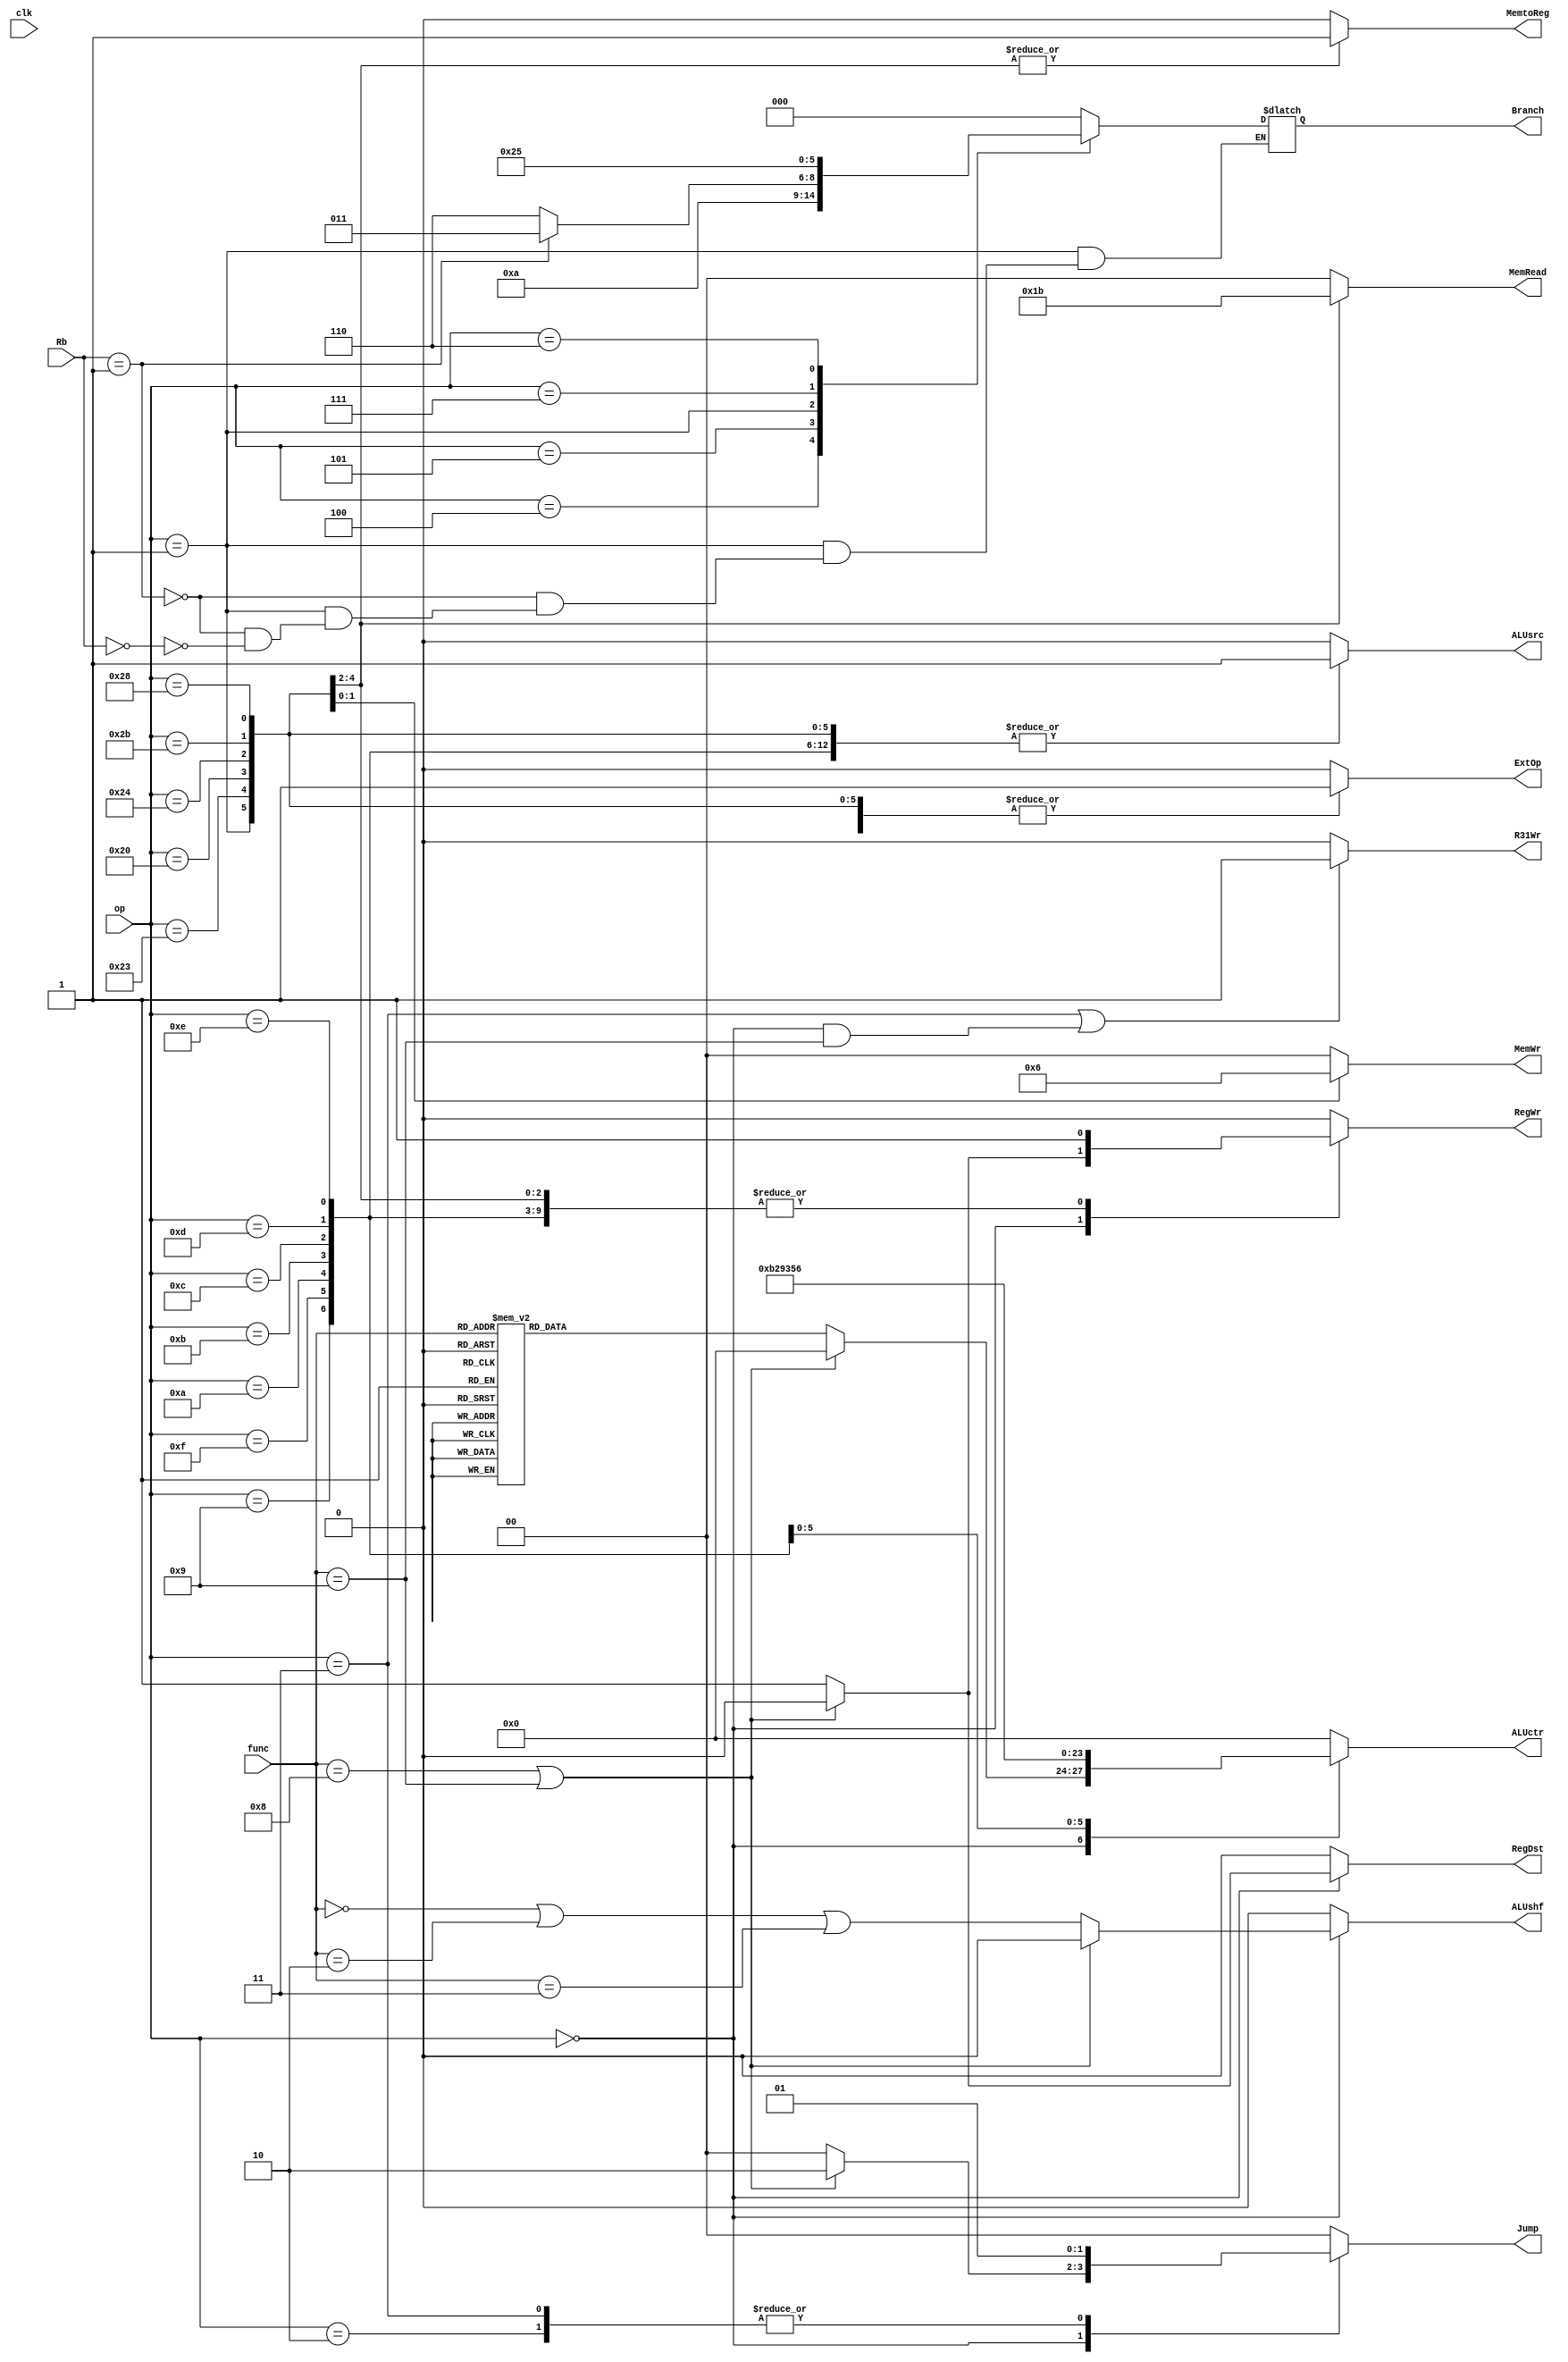

module ctrl(clk, op, func, 
			ALUctr, Branch, Jump, RegDst, ALUsrc, MemtoReg, RegWr, 
			MemWr, ExtOp, MemRead, ALUshf, R31Wr, Rb);//Rb for bltz and bgez

	input clk;
	input[5:0] op, func;
	input[4:0] Rb;

	output reg[3:0] ALUctr;
	output reg[2:0] Branch;
	output reg[1:0] Jump, MemWr, MemRead;
	output reg RegDst, ALUsrc, MemtoReg, RegWr, ExtOp, ALUshf, R31Wr; 
	//R31Wr is sign about REGS[31] can be write or not

    initial 
		{ALUctr, Branch, Jump, RegDst, ALUsrc, MemtoReg, RegWr, MemWr, ExtOp, MemRead, ALUshf}
		<= 19'b0;

	always @(*)begin
		if (op == 6'b000011 || (op == 6'b000000 && func == 6'b001001)) 
			R31Wr = 1;//000011jal,0010001jalr
		else R31Wr = 0;
		case (op)
			6'b000000:begin//jr and jalr
				if (func == 6'b001000 || func == 6'b001001)
					{ALUctr, Branch, RegDst, ALUsrc, MemtoReg, RegWr, MemWr, ExtOp, MemRead, ALUshf, Jump}
					<= 19'b10;
				else //another R-type
				begin
					{Branch, Jump, ALUsrc, MemtoReg, MemWr, ExtOp, MemRead, RegDst, RegWr}
					<= 14'b11;
					ALUshf = (func == 6'b000000) || (func == 6'b000010) || (func == 6'b000011);
					case (func)
						6'b100001:ALUctr = 4'b0000;	//addu
						6'b100011:ALUctr = 4'b0001;	//subu
						6'b101010:ALUctr = 4'b0010;	//slt
						6'b100100:ALUctr = 4'b0011;	//and
						6'b100111:ALUctr = 4'b0100;	//nor
						6'b100101:ALUctr = 4'b0101;	//or
						6'b100110:ALUctr = 4'b0110;	//xor
						6'b101011:ALUctr = 4'b1001;	//sltu
						6'b000100:ALUctr = 4'b0111;	//sllv
						6'b000111:ALUctr = 4'b1010;	//srav
						6'b000110:ALUctr = 4'b1000;	//srlv
						6'b000000:ALUctr = 4'b0111;	//sll
						6'b000010:ALUctr = 4'b1000;	//srl
						6'b000011:ALUctr = 4'b1010;	//sra
						6'b001000:ALUctr = 4'b0000;	//jr
						6'b001001:ALUctr = 4'b0000;	//jalr
						default:ALUctr = 4'b0000;	//default
					endcase 
				end//end another R-type
			end//end R-type
			6'b001001:begin//addiu
				{Branch, Jump, RegDst, MemtoReg, MemWr, MemRead, ALUshf, ALUsrc, ExtOp, RegWr}
				<= 15'b111;
				ALUctr = 4'b0000;
			end
			6'b001111:begin//lui
				{Branch, Jump, RegDst, MemtoReg, MemWr, MemRead, ALUshf, ExtOp, ALUsrc, RegWr}
				<= 15'b11;
				ALUctr = 4'b1011;
			end 
			6'b001010:begin//slti
				{Branch, Jump, RegDst, MemtoReg, MemWr, MemRead, ALUshf, ALUsrc, RegWr, ExtOp}
				<= 15'b111;
				ALUctr = 4'b0010;
			end
			6'b001011:begin//sltiu
				{Branch, Jump, RegDst, MemtoReg, MemWr, MemRead, ALUshf, ALUsrc, RegWr, ExtOp}
				<= 15'b111;
				ALUctr = 4'b1001;
			end
			6'b001100:begin//andi
				{Branch, Jump, RegDst, MemtoReg, MemWr, MemRead, ALUshf, ExtOp, ALUsrc, RegWr}
				<= 15'b11;
				ALUctr = 4'b0011;
			end
			6'b001101:begin//ori
				{Branch, Jump, RegDst, MemtoReg, MemWr, MemRead, ALUshf, ExtOp, ALUsrc, RegWr}
				<= 15'b11;
				ALUctr = 4'b0101;
			end
			6'b001110:begin//xori
				{Branch, Jump, RegDst, MemtoReg, MemWr, MemRead, ALUshf, ExtOp, ALUsrc, RegWr}
				<= 15'b11;
				ALUctr = 4'b0110;
			end
			6'b000100:begin//beq
				{Jump, RegDst, MemtoReg, MemWr, MemRead, ALUshf, ALUsrc, RegWr, Branch, ExtOp}
				<= 15'b11;
				ALUctr = 4'b0000;
			end
			6'b000101:begin//bne
				{Jump, RegDst, MemtoReg, MemWr, MemRead, ALUshf, ALUsrc, RegWr, Branch, ExtOp}
				<= 15'b101;
				ALUctr = 4'b0000;
			end
			6'b000001:begin//bltz==bgez=6'b000001
				if (Rb == 5'b00001)      Branch = 3'b011;//bgez
				else if (Rb == 5'b00000) Branch = 3'b110;//blez
				{Jump, RegDst, MemtoReg, MemWr, MemRead, ALUshf, ALUsrc, RegWr, ExtOp}
				<= 12'b101;
				ALUctr = 4'b0000;
			end
			6'b000111:begin//bgtz
				{Jump, RegDst, MemtoReg, MemWr, MemRead, ALUshf, ALUsrc, RegWr, Branch, ExtOp}
				<= 15'b1001;
				ALUctr = 4'b0000;
			end
			6'b000110:begin//blez
				{Jump, RegDst, MemtoReg, MemWr, MemRead, ALUshf, ALUsrc, RegWr, Branch, ExtOp}
				<= 15'b1011;
				ALUctr = 4'b0000;
			end
			6'b100011:begin//lw
				{Jump, RegDst, MemWr, ALUshf, Branch, ALUsrc, MemtoReg, RegWr, ExtOp, MemRead}
				<= 15'b111101;
				ALUctr = 4'b0000;
			end
			6'b101011:begin//sw
				{Jump, RegDst, ALUshf, Branch, MemtoReg, RegWr, MemRead, ALUsrc, ExtOp, MemWr}
				<= 15'b1101;
				ALUctr = 4'b0000;
			end
			6'b100000:begin//lb
				{Jump, RegDst, MemWr, ALUshf, Branch, ALUsrc, MemtoReg, RegWr, ExtOp, MemRead}
				<= 15'b111110;
				ALUctr = 4'b0000;
			end
			6'b100100:begin//lbu
				{Jump, RegDst, MemWr, ALUshf, Branch, ALUsrc, MemtoReg, RegWr, ExtOp, MemRead}
				<= 15'b111111;
				ALUctr = 4'b0000;
			end
			6'b101000:begin//sb
				{Jump, RegDst, ALUshf, Branch, MemtoReg, RegWr, MemRead, ALUsrc, ExtOp, MemWr}
				<= 15'b1110;
				ALUctr = 4'b0000;
			end
			6'b000010:begin//j
				{RegDst, ALUshf, Branch, MemtoReg, RegWr, MemRead, ALUsrc, ExtOp, MemWr, Jump}
				<= 15'b1;
				ALUctr = 4'b0000;
			end
			6'b000011:begin//jal
				{RegDst, ALUshf, Branch, MemtoReg, RegWr, MemRead, ALUsrc, ExtOp, MemWr, Jump}
				<= 15'b1;
				ALUctr = 4'b0000;
			end
			default:begin
				{RegDst, ALUshf, Branch, MemtoReg, RegWr, MemRead, ALUsrc, ExtOp, MemWr, Jump}
				<= 15'b0;
				ALUctr = 4'b0000;				
			end
		endcase
	end
endmodule